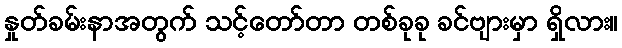
နှုတ်ခမ်းနာအတွက် သင့်တော်တာ တစ်ခုခု ခင်ဗျားမှာ ရှိလား။